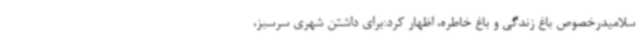
سلامیدرخصوص باغ زندگی و باغ خاطره، اظهار کرد:برای داشتن شهری سرسبز،